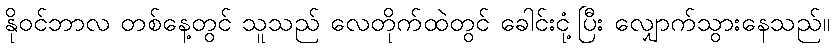
နိုဝင်ဘာလ တစ်နေ့တွင် သူသည် လေတိုက်ထဲတွင် ခေါင်းငုံ့ပြီး လျှောက်သွားနေသည်။